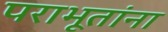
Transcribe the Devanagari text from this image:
पराभूतांना